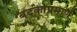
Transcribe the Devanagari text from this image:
बदकाप्रमाणे